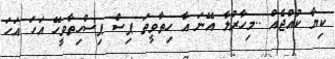
ކިޔާ ކުއްޖެއް ..މިހާރުލާ އޭނަ އާ ހިތާވީތަ ޕިސް ޕިސްހިތާވީހޭ އަހަ އަހަ